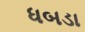
ધબડા